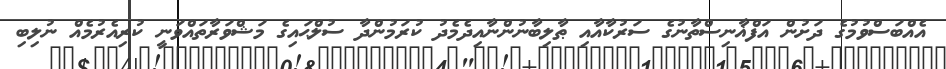
އެއްބަސްވުމުގެ ދަށުން އަފްޣާނިސްތާނުގެ ސަރުކާއާއި ޠާލިބާނުންނާއިދެމެދު ކުރަމުންދާ ސުލްޙައިގެ މަޝްވަރާތައްވަނީ ކުރިއެރުމެއް ނުލިބި